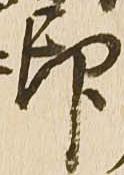
印